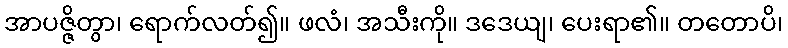
အာပဇ္ဇိတွာ၊ ရောက်လတ်၍။ ဖလံ၊ အသီးကို။ ဒဒေယျ၊ ပေးရာ၏။ တတောပိ၊